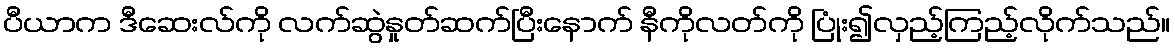
ပီယာက ဒီဆေးလ်ကို လက်ဆွဲနှုတ်ဆက်ပြီးနောက် နီကိုလတ်ကို ပြုံး၍လှည့်ကြည့်လိုက်သည်။